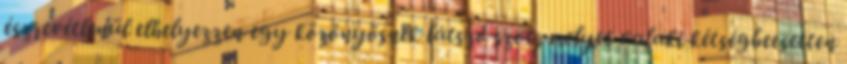
észrevétlenül elhelyezzen egy közönyösnek látszó szót, melyet valaki kétségbeesetten